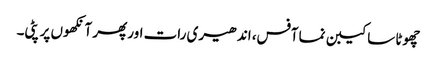
چھوٹا سا کیبن نما آفس، اندھیری رات اور پھر آنکھوں پر پٹی۔